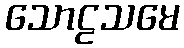
သောဠသမေ